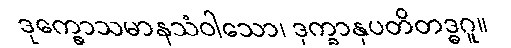
ဒုက္ခောသမာနသံဝါသော၊ ဒုက္ခာနုပတိတဒ္ဓဂူ။